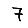
Digit: 7